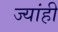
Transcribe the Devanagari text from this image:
ज्यांही